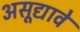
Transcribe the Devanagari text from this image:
असूद्यावे